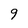
Character: 9